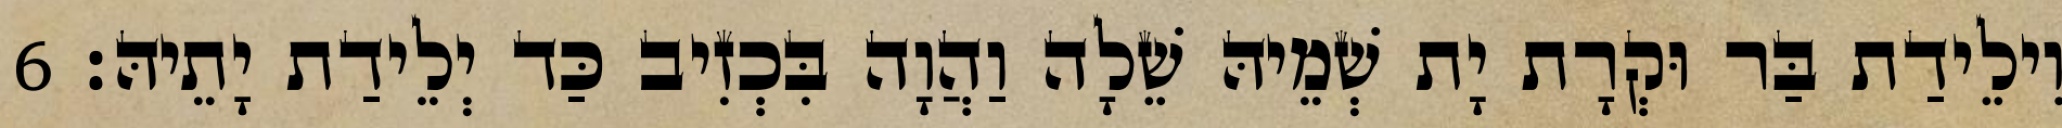
וִילֵידַת בַּר וּקְרָת יָת שְׁמֵיהּ שֵׁלָה וַהֲוָה בִּכְזִיב כַּד יְלֵידַת יָתֵיהּ׃ 6